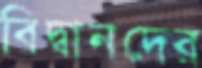
বিদ্বানদের